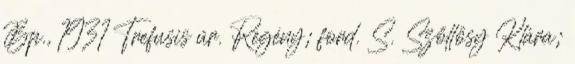
Bp., 1931 Trefusis úr. Regény; ford. S. Szőllősy Klára;